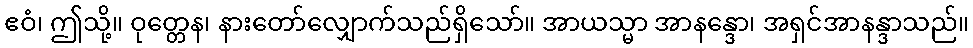
ဧဝံ၊ ဤသို့။ ဝုတ္တေန၊ နားတော်လျှောက်သည်ရှိသော်။ အာယသ္မာ အာနန္ဒော၊ အရှင်အာနန္ဒာသည်။